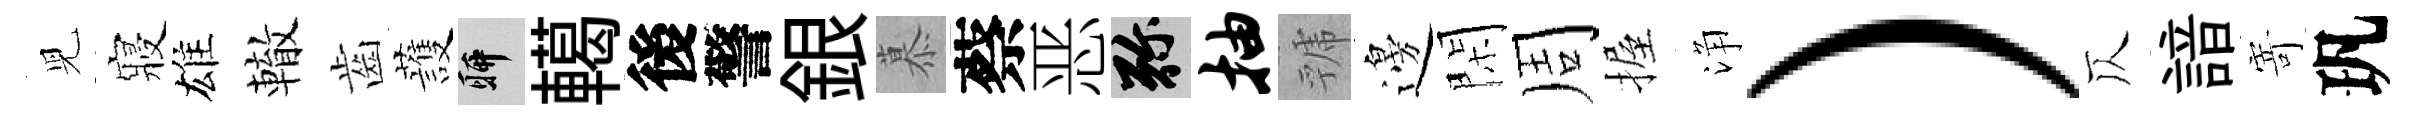
児寢雄轍齒䕶聊轕後警銀慕蔡恶弥抽虢邊閑周握浄）仄諳𭔃㺬